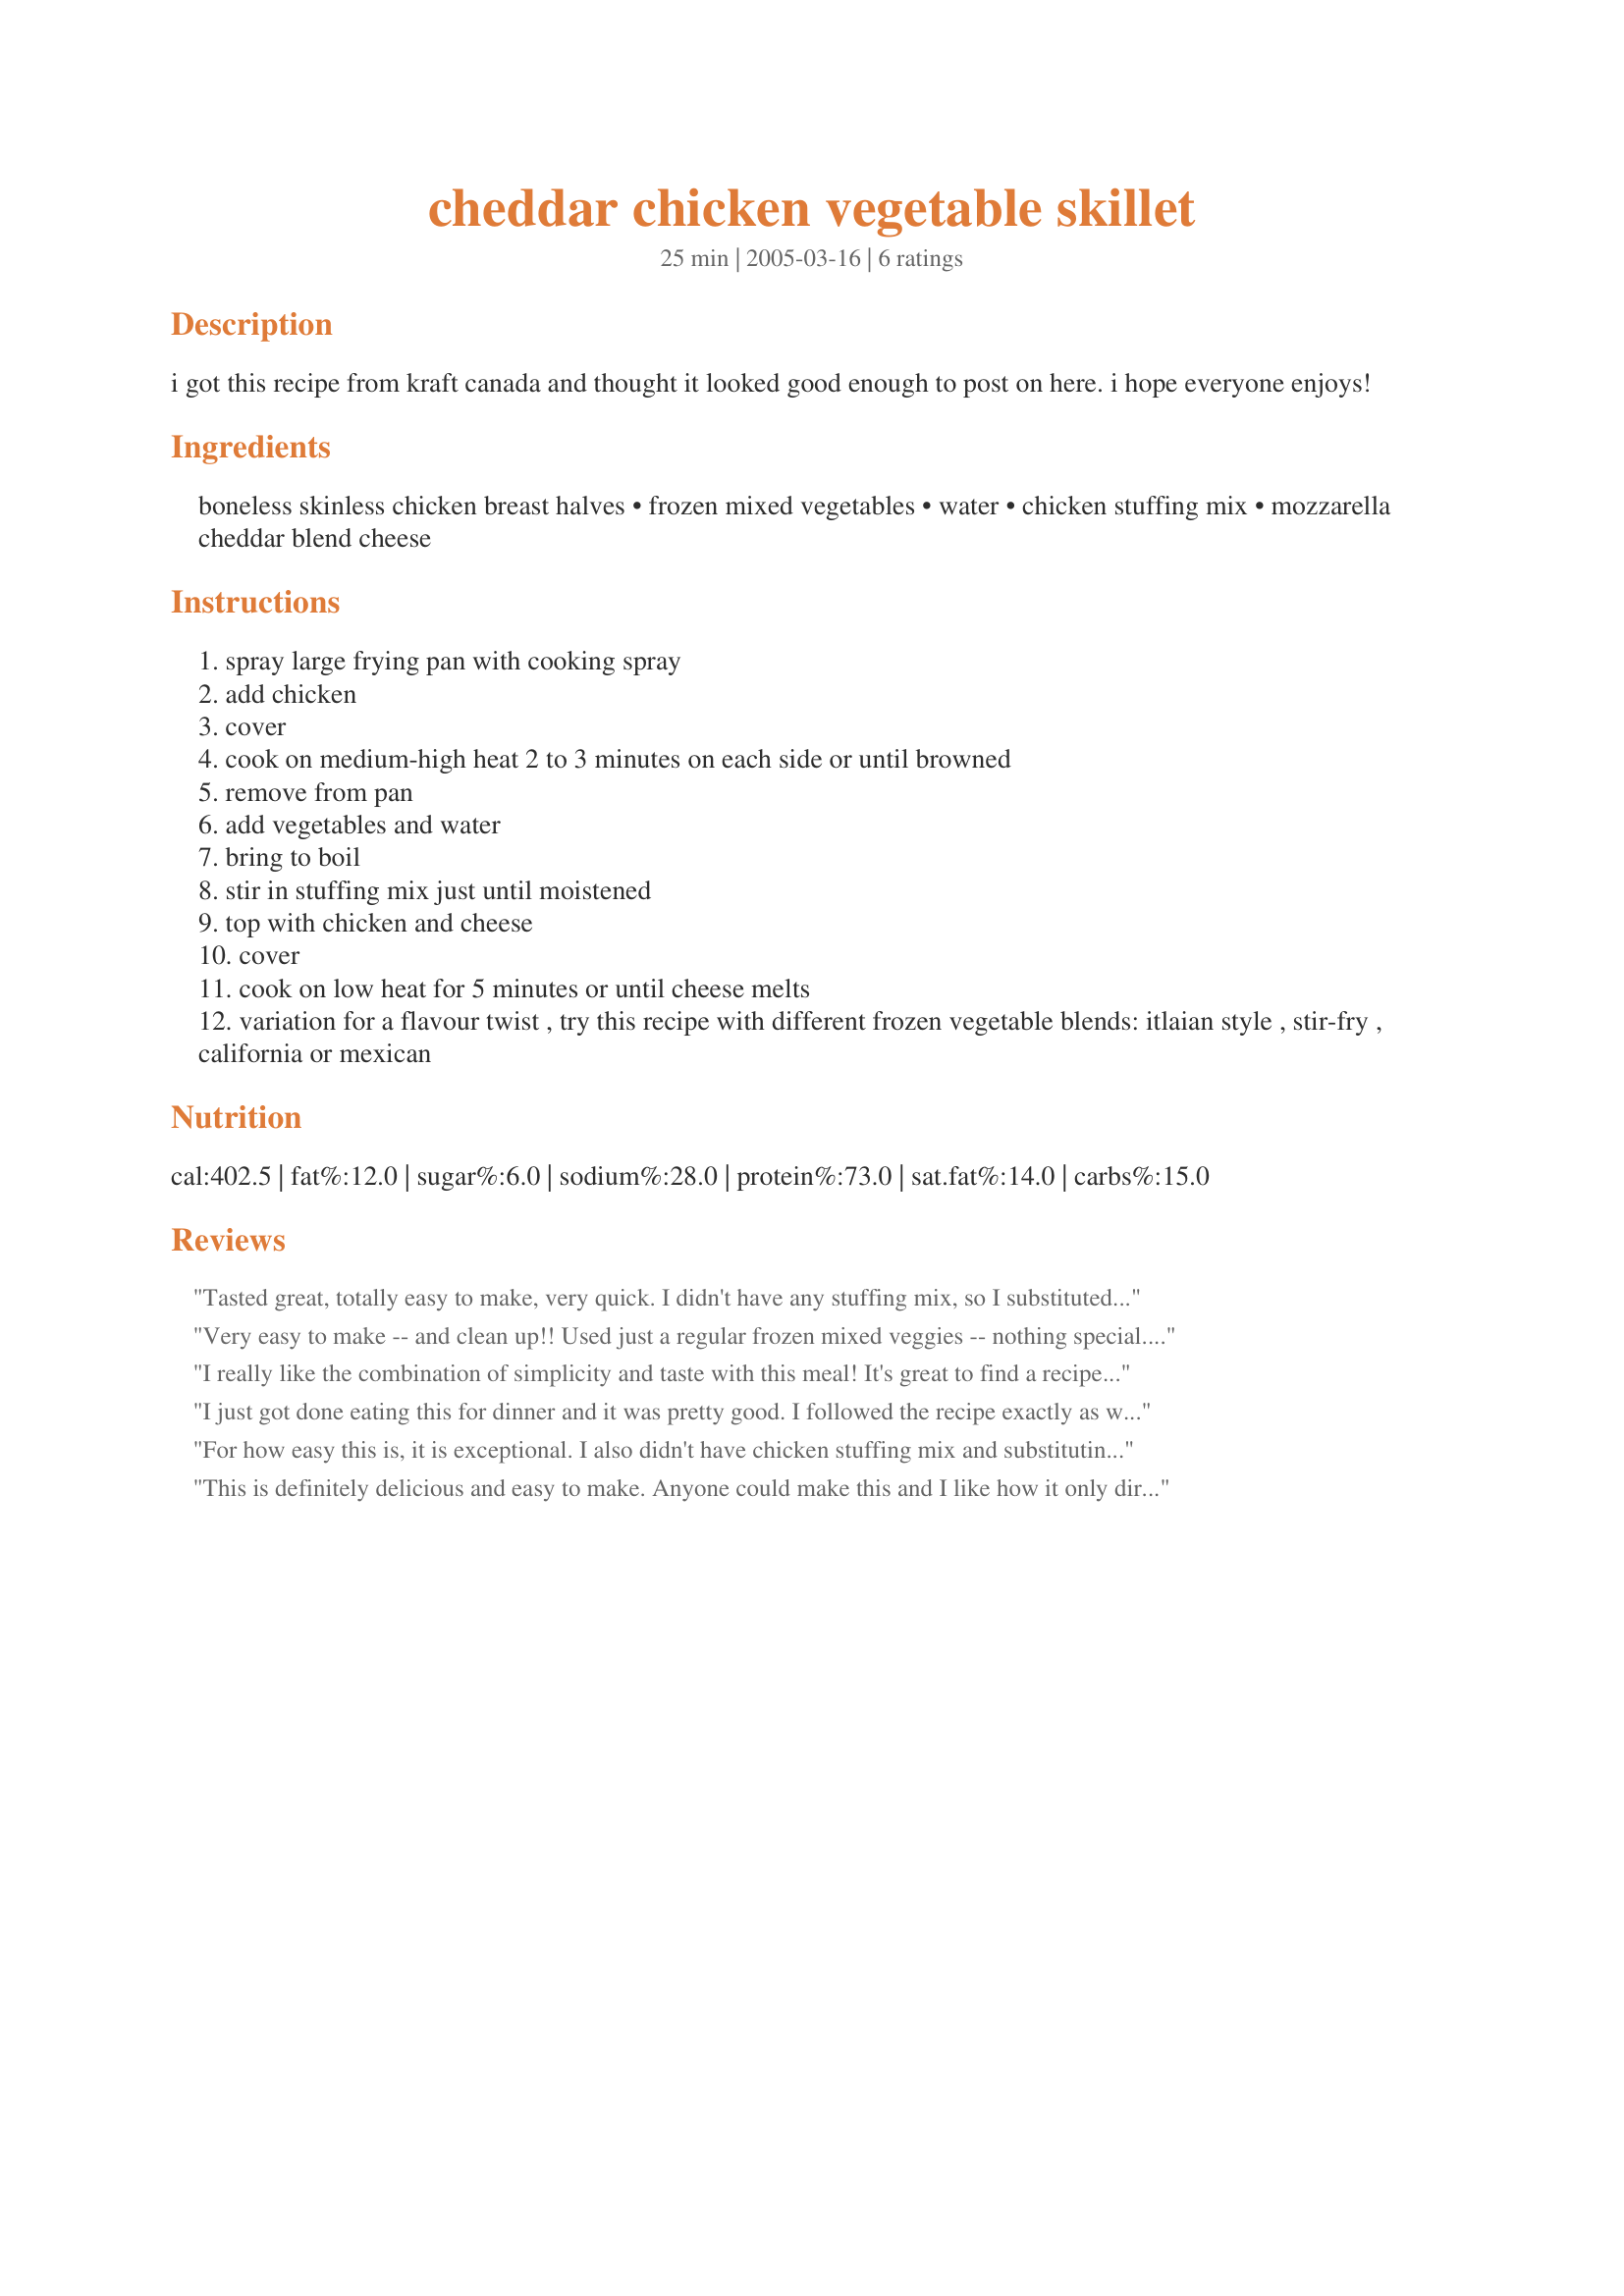
cheddar chicken vegetable skillet
Preparation time: 25 minutes

i got this recipe from kraft canada and thought it looked good enough to post on here. i hope everyone enjoys!

Ingredients:
boneless skinless chicken breast halves, frozen mixed vegetables, water, chicken stuffing mix, mozzarella cheddar blend cheese

Steps:
spray large frying pan with cooking spray
add chicken
cover
cook on medium-high heat 2 to 3 minutes on each side or until browned
remove from pan
add vegetables and water
bring to boil
stir in stuffing mix just until moistened
top with chicken and cheese
cover
cook on low heat for 5 minutes or until cheese melts
variation for a flavour twist , try this recipe with different frozen vegetable blends: itlaian style , stir-fry , california or mexican

Reviews:
Tasted great, totally easy to make, very quick. I didn't have any stuffing mix, so I substituted it and the water with rice and chicken stock, turned out great.
Very easy to make -- and clean up!! Used just a regular frozen mixed veggies -- nothing special. Great way to use what is already in my pantry/fridge/freezer!
I really like the combination of simplicity and taste with this meal! It's great to find a recipe that doesn't have a creamed soup in it!! It's not fancy cuisine taste, but it's good enough. I've made this recipe a few times now. The first time with just the fresh veggies I had on hand and the second with a combo of fresh and frozen. I have to say I liked it a lot more the second time when I had a combo of like 7 veggies in it (frozen green beans, peas, cauliflower, and fresh mushrooms, red pepper, cut carrots and brocolli). I thought some of the veggies may be over or under cooked by doing fresh and frozen, but it came out perfect! I added a little more water because I put a little extra veggies in it. Only reason I did was because the first time I made it a few parts of the stuffing didn't get watered. I didn't use the cheese on top, personal preference. The second time we had it though, we added a little grated parmesan cheese (not from a jar), and I have to say, it was pretty good. Only other thing I might suggest to watch out for is if you have thick chicken breasts. You may want to cook them a little more than 3 minutes on each side before steaming them with the rest of the meal. Very excellent, quick meal and this will definitely make it into our cheap and easy meals we make very often!
I just got done eating this for dinner and it was pretty good. I followed the recipe exactly as written except that I seasoned the chicken with poultry seasoning before cooking. I was worried that the stuffing would be too moist but it turned out perfect. I would like to give it 5 stars but the only problem that I had is that the chicken took quite a bit longer to cook than the recipe suggested. I cooked it for 4 minutes on each side at the beginning and then it took a good 8-10 minutes for it to be finished at the end. By that time, the stuffing and veggies on the bottom had burned slightly. My husband and son thought that was the best part, though. Go figure. Thanks for posting! It really was a very simple and very tasty recipe for the amount of ingredients it included.
For how easy this is, it is exceptional. I also didn't have chicken stuffing mix and substituting rice and chicken stock worked very well. I also steamed my veggies instead of cooking them in with everything, then added right before the cheese. The only thing I would add is a very small amount of salt.
This is definitely delicious and easy to make. Anyone could make this and I like how it only dirties one pan. I used cornbread stuffing and added two cloves of garlic for more flavor and nutrition. It's high in protein and low in fat, watch the cholesterol.
